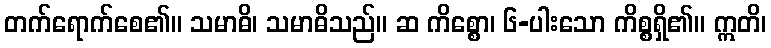
တက်ရောက်စေ၏။ သမာဓိ၊ သမာဓိသည်။ ဆ ကိစ္စော၊ ၆-ပါးသော ကိစ္စရှိ၏။ ဣတိ၊